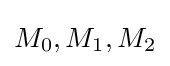
M_{0},M_{1},M_{2}